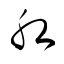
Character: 肛